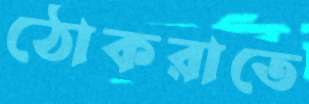
ঠোকরাতে